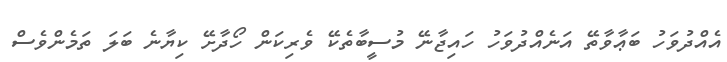
އެއްދުވަހު ބަޢާވާތޭ އަނެއްދުވަހު ހައިޖާނޭ މުސީބާތެކޭ ވެރިކަން ހޯދާށޭ ކިޔާނެ ބަލަ ތަމެންވެސް